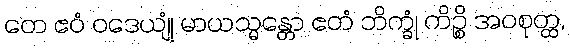
တေ ဧဝံ ဝဒေယျုံ မာယသ္မန္တော ဧတံ ဘိက္ခုံ ကိဉ္စိ အဝစုတ္ထ,